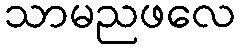
သာမညဖလေ